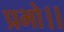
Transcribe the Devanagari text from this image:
प्रभो।।